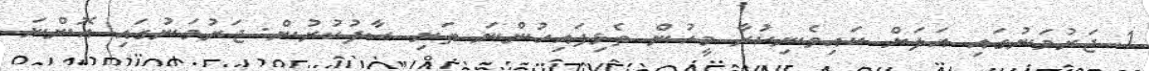
1. ޖަރުމަނުގައި އަލަށް ކައިވެނިކުރާ މީހުން ތެޅިފައިހުންނަ ތަށި ސާފުކުރުން: ޖަރުމަނުގައި އޮންނަ